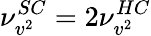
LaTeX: \nu_{v^{2}}^{SC}=2\nu_{v^{2}}^{HC}